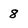
Character: 8